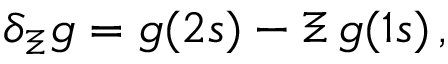
\begin{array} { r } { \delta _ { \Xi } g = g ( 2 s ) - \Xi \, g ( 1 s ) \, , } \end{array}